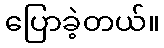
ပြောခဲ့တယ်။